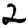
Digit: 2